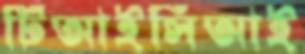
টিআইসিআই